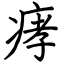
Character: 痚